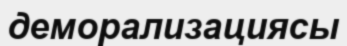
деморализациясы